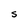
Character: S